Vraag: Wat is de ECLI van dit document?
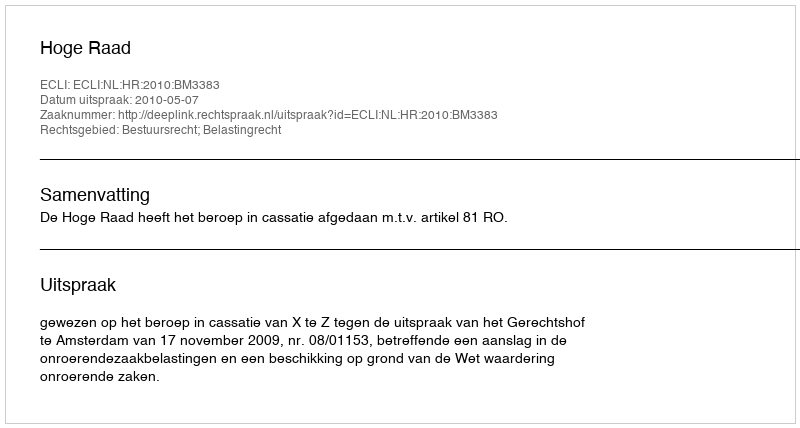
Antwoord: ECLI:NL:HR:2010:BM3383